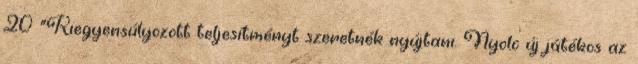
20 "Kiegyensúlyozott teljesítményt szeretnék nyújtani. Nyolc új játékos az